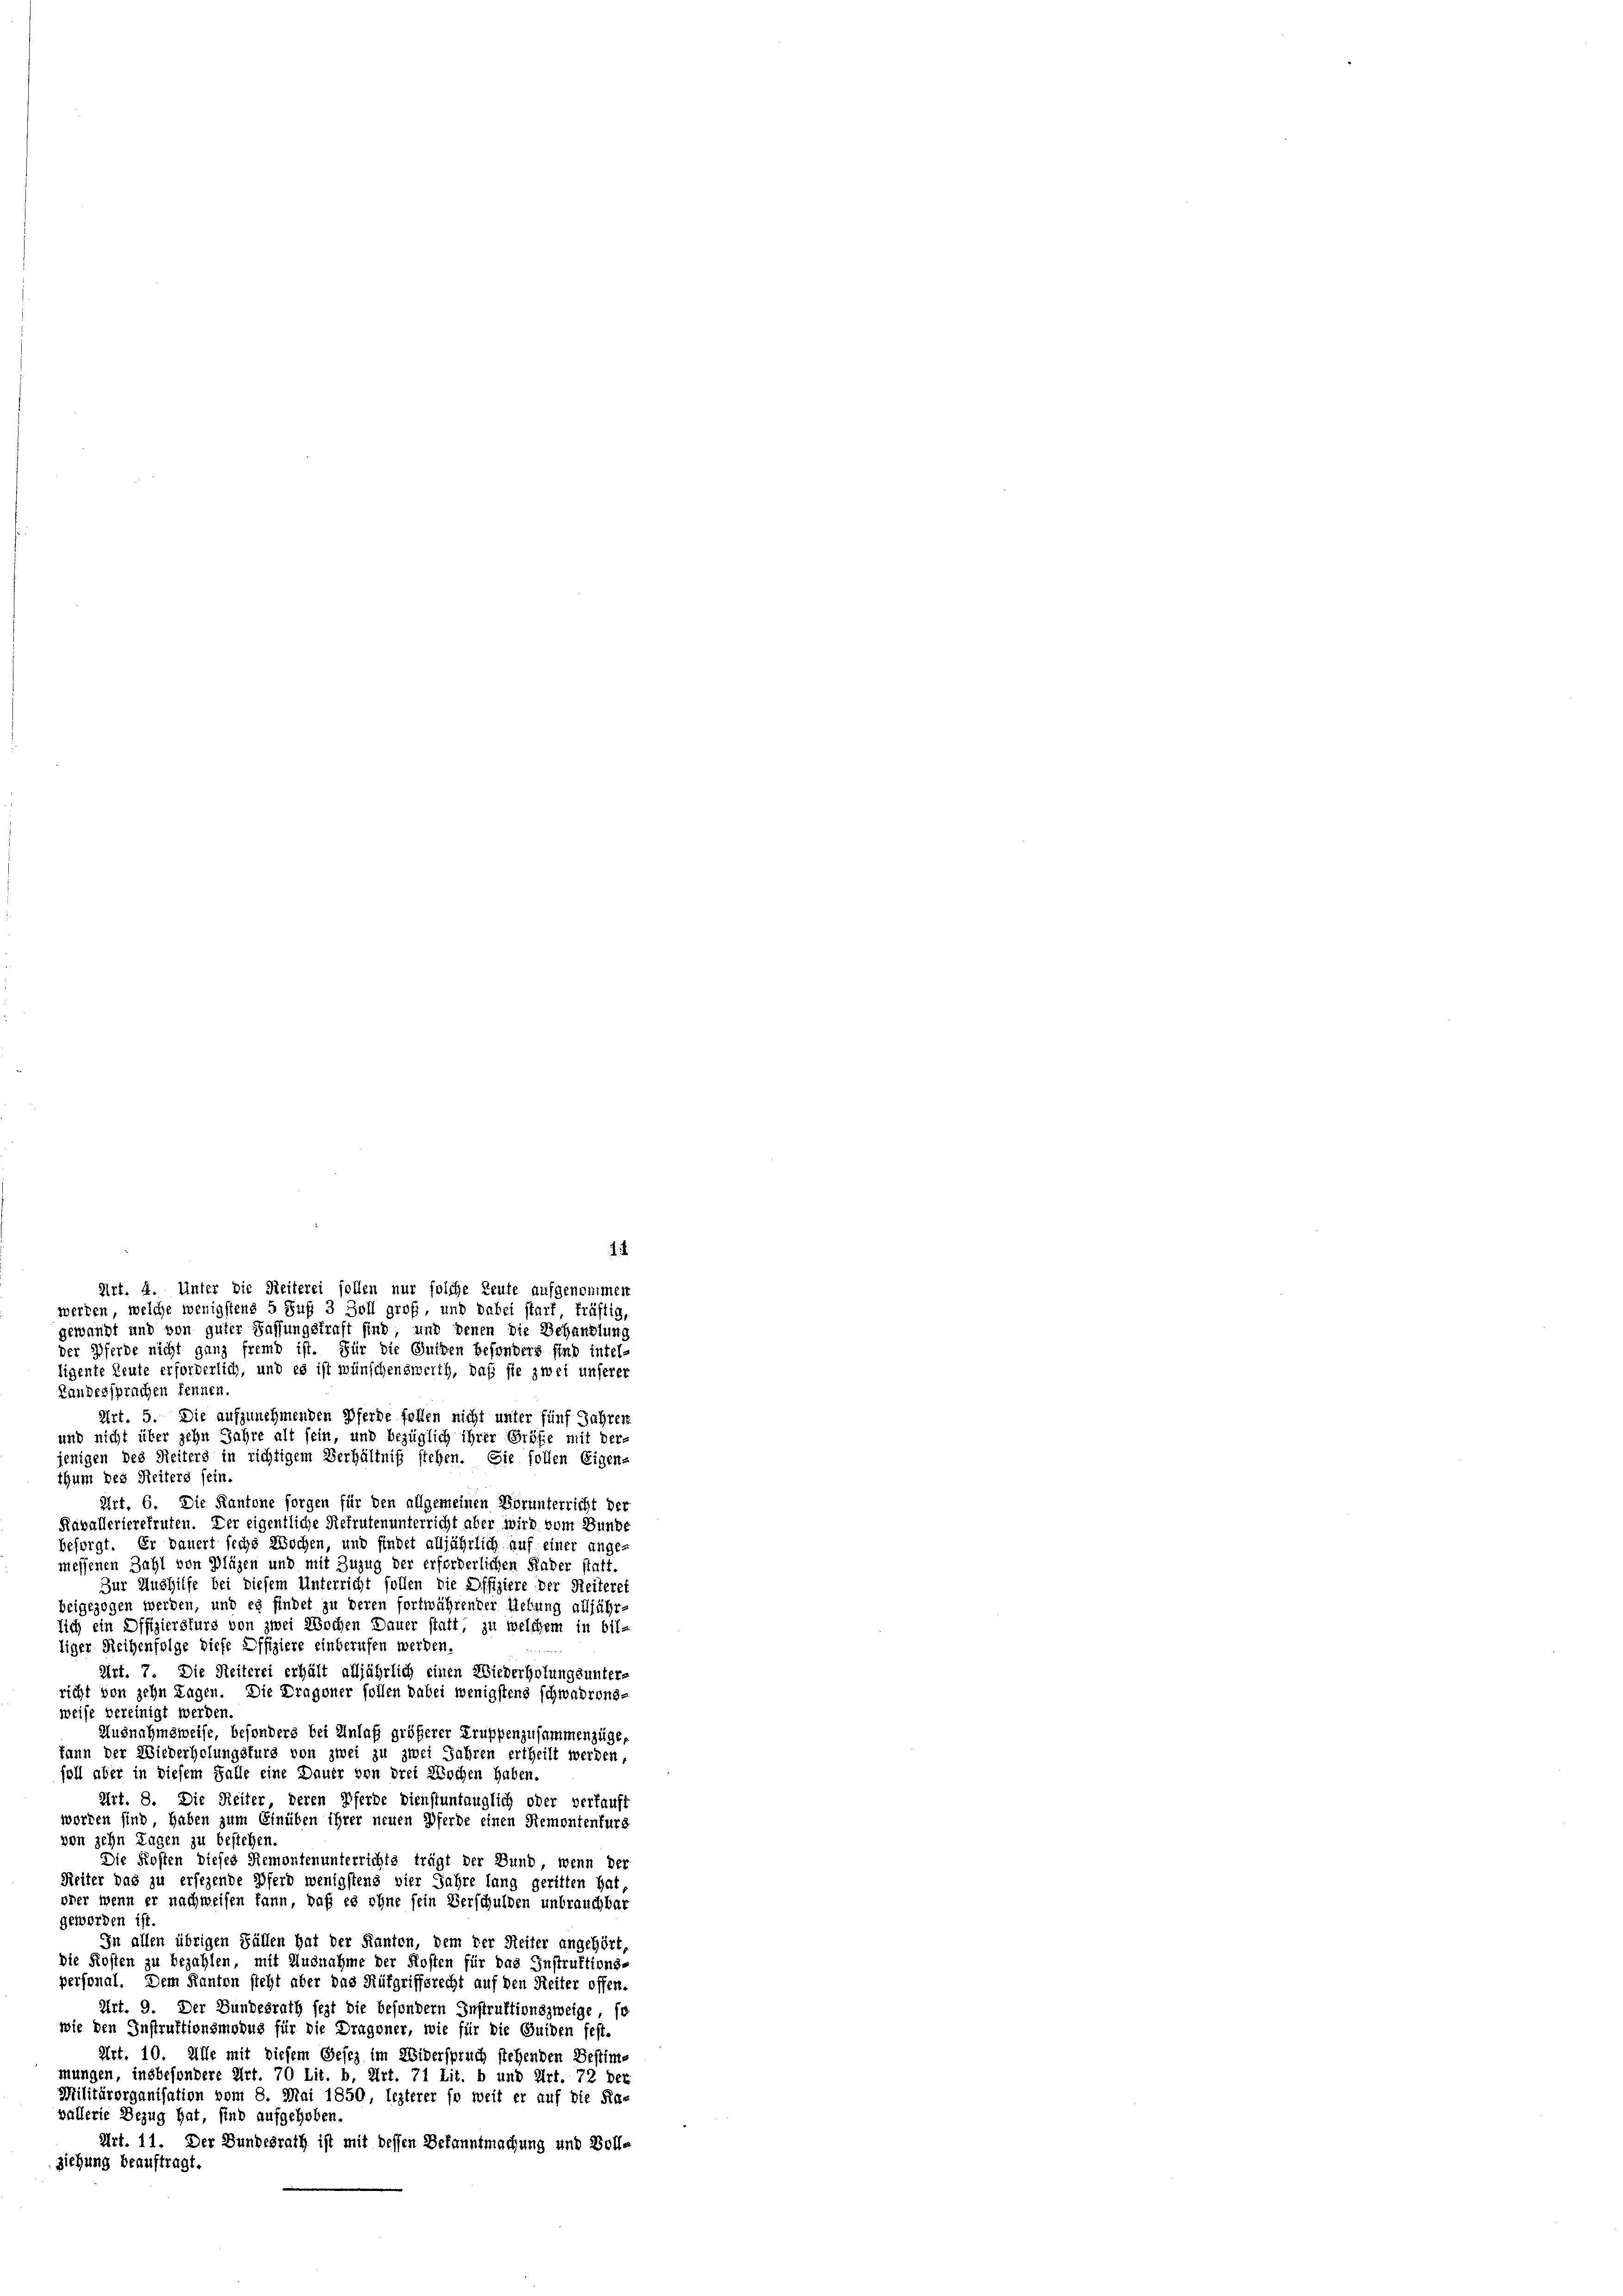
Landessprachen kennen.
Art. 5. Die aufzunehmenden Pferde follen nicht unter fünf Jahren
und nicht über zehn Jahre alt sein, und bezüglich ihrer Größe mit der-
jenigen des Reiters in richtigem Verhältniß stehen. Sie sollen Eigen-
thum des Seiters sein.
Art. 6. Die Kantone sorgen für den allgemeinen Vorunterricht der
Ravallerierekruten. Der eigentliche Refruten unterricht aber wird vom Bunde
besorgt. Er dauert sechs Wochen, und findet alljährlich auf einer angemessenen Zahl von Plügen und mit Zuzug der erforderlichen Hader statt.
Zur Aushilfe bei diesem Unterricht sollen die Offiziere der Reiteret
beigezogen werden, und es findet zu deren fortwährender Liebung alljähr-
lich ein Offiziersturs von zwei Wochen Dauer statt, zu welchem in bil-
liger Reihenfolge diese Offiziere einberufen werden.
Art. 7. Die Reiterei erhält alljährlich einen Wiederholungsunter-
richt von zehn Tagen. Die Dragoner sollen dabei wenigstens schwarensweise bereinigt werden.
Ausnahmsweise, besonders bei Anlaß größerer Truppenzusammenzüge,
kann der Wiederholungsfürs von zwei zu zwei Jahren ertheilt werden,
soll aber in diesem Falle eine Dauer von drei Wochen haben.
Art. 8. Die Reiter deren Pferde dienstuntauglich oder verkauft
worden sind haben zum Einüben ihrer neuen Pferde einen Remontenfurg
von zehn Tagen zu bestehen.
Die Kosten dieses Riemontenunterrichts trägt der Bund, wenn der
Reiter das zu ersehende Pferd wenigstens vier Jahre lang geritten hat
oder wenn er nachweisen kann, daß es ohne fein Verschulden unbrauchbar
geworden ist.
In allen übrigen Fällen hat der Kanten, dem der Reiter angehört,
die Kosten zu bezahlen, mit Ausnahme der Kosten für das Instruktions-
personal. Dem Kanton steht aber das Rütgriffsrecht auf den Reiter offen-
Art. 9. Der Bundesrath sezt die besondern Instruktionszweige so
wie den Instruktionsmodus für die Dragoner, wie für die Guiden fest.
Art. 10. Alle mit diesem Gesez im Widerspruch stehenden Bestimmungen, insbesondere Art. 70 lit. b, Art. 71 lit. b und Art. 72 der
Militärorganisation vom 8. Mai 1850, lezterer so weit er auf die Ravallerie Bezug hat, sind aufgehoben
Art. 11. Der Bundesrath ist mit dessen Bekanntmachung und Vollziehung beauftragt.

.
Art. 4. Unter die Reiterei sollen nur solche Leute aufgenommen
werden, welche wenigstens 5 Fuß 3 Zoll groß, und dabei starf, kräftig,
gewandt und von guter Fassungstraft sind, und denen die Behandlung
der Pferde nicht ganz fremd ist. Für die Guiden besonders sind intel-
ligente Leute erforderlich, und es ist wünschenswerth, daß sie zwei unserer